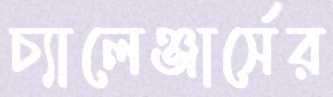
চ্যালেঞ্জার্সের